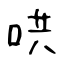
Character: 哄